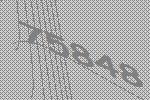
75848